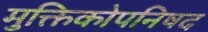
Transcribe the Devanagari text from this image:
मुक्तिकोपनिषद